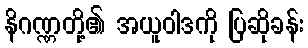
နိဂဏ္ဏတို့၏ အယူဝါဒကို ပြဆိုခန်း